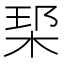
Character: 𪲑